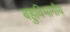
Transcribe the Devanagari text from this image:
बहुविभागीय